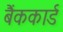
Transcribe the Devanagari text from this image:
बैंककार्ड